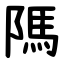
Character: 䧞